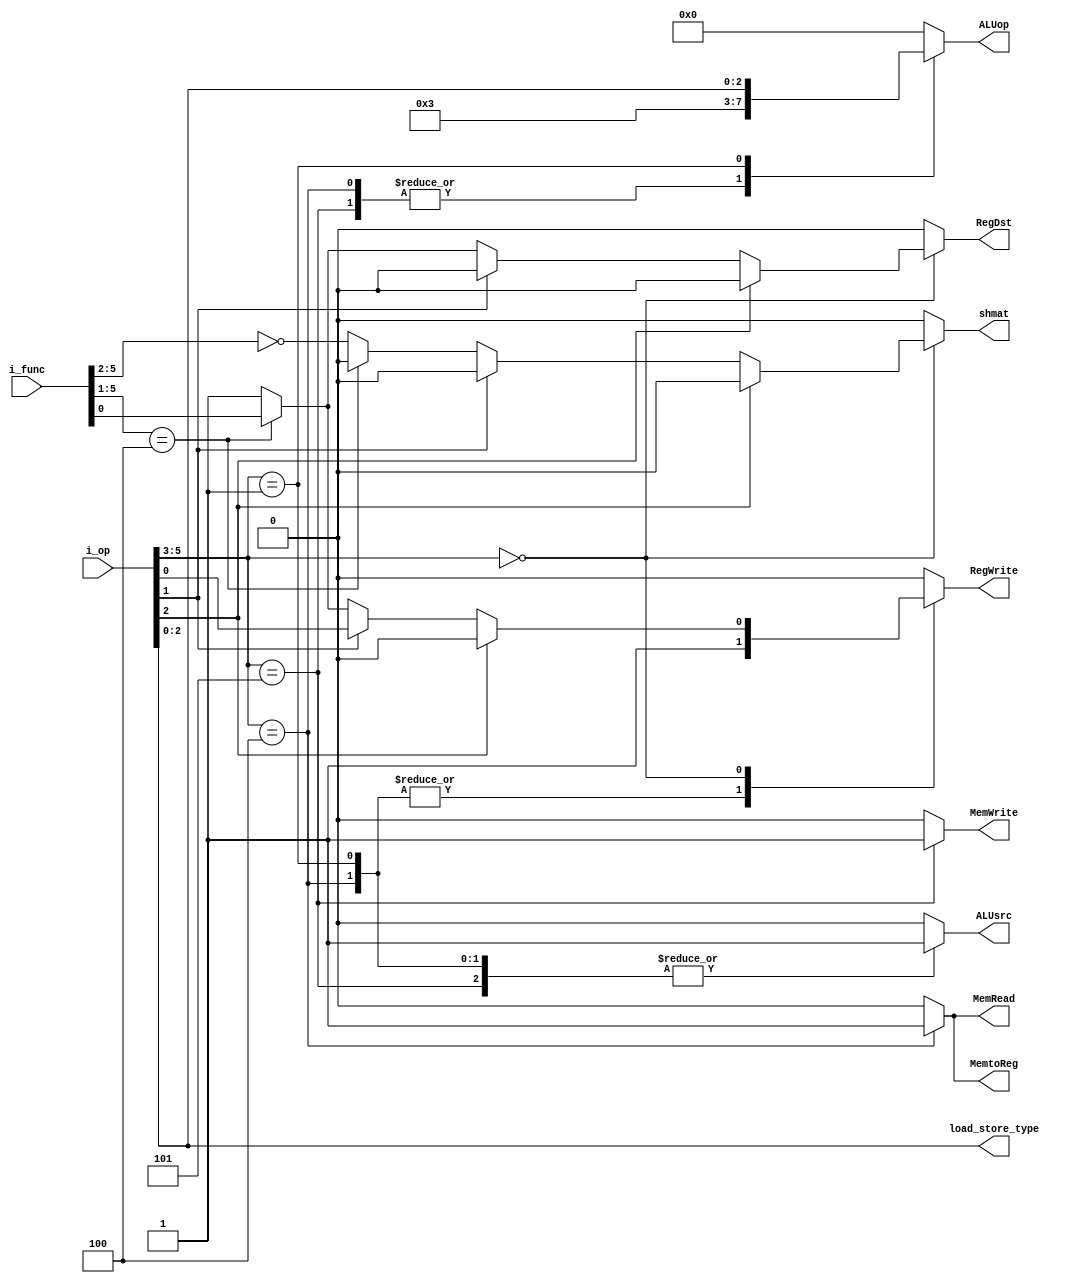
`timescale 1ns / 1ps
module control(
            input wire [5 : 0] i_op,
            input wire [5 : 0] i_func,
        
            output reg         RegDst,
            output reg         MemRead,
            output reg         MemWrite,
            output reg         MemtoReg,
            output reg [3 : 0] ALUop,
            output reg         ALUsrc,
            output reg         RegWrite,
            output reg         shmat,
            output reg [2 : 0] load_store_type
            );


    always@(*) begin
        load_store_type  = i_op[2 : 0];
        case(i_op[5 : 3])
            //Load
            3'b100: begin
                RegDst      = 0;
                MemRead     = 1;
                MemWrite    = 0;
                MemtoReg    = 1;
                ALUop       = 4'b0001;
                ALUsrc      = 1;
                RegWrite    = 1;
                shmat       = 0;

            end
            //Store
            3'b101: begin
                RegDst      = 0;
                MemRead     = 0;
                MemWrite    = 1;
                MemtoReg    = 0;
                ALUop       = 4'b0001;
                ALUsrc      = 1;
                RegWrite    = 0;
                shmat       = 0;

            end
            //INMED
            3'b001: begin
                RegDst      = 0;
                MemRead     = 0;
                MemWrite    = 0;
                MemtoReg    = 0;
                ALUop       = {1'b1,i_op[2:0]};
                ALUsrc      = 1;
                RegWrite    = 1;
                shmat       = 0;

            end
            //R-type or jump or branch
            3'b000: begin
                if(i_op[2])begin
                //branch
                    RegDst      = 0;
                    MemRead     = 0;
                    MemWrite    = 0;
                    MemtoReg    = 0;
                    ALUop       = 4'b0000;//Indistinto
                    ALUsrc      = 0;
                    RegWrite    = 0;
                    shmat       = 0;
                end
                else begin
                    if(i_op[1])begin
                    //j/jal
                        RegDst      = 0;
                        MemRead     = 0;
                        MemWrite    = 0;
                        MemtoReg    = 0;
                        ALUop       = 4'b0000;//Indistinto
                        ALUsrc      = 0;
                        RegWrite    = i_op[0];
                        shmat       = 0;
                    end
                    else begin
                        if(i_func[5:1]== 5'b00100) begin
                        //JR/JALR
                            RegDst      = i_func[0];
                            MemRead     = 0;
                            MemWrite    = 0;
                            MemtoReg    = 0;
                            ALUop       = 4'b0000;//Indistinto
                            ALUsrc      = 0;
                            RegWrite    = i_func[0];
                            shmat       = 0;
                        end
                        else begin
                        //R-type
                            RegDst      = 1;
                            MemRead     = 0;
                            MemWrite    = 0;
                            MemtoReg    = 0;
                            ALUop       = 4'b0000;//Campo func
                            ALUsrc      = 0;
                            RegWrite    = 1;
                            shmat       = (i_func[5:2]==0);
                        end
                    end
                end
            end
            default: begin
                RegDst      = 0;
                MemRead     = 0;
                MemWrite    = 0;
                MemtoReg    = 0;
                ALUop       = 4'b0000;
                ALUsrc      = 0;
                RegWrite    = 0;
                shmat       = 0;
            end
        endcase
    end

endmodule